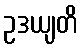
ဥဒယျတိ